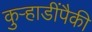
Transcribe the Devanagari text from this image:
कुऱ्हाडींपैकी